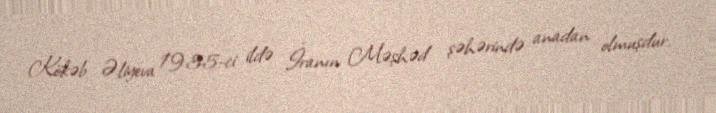
Kökəb Əliyeva 1935-ci ildə İranın Məşhəd şəhərində anadan olmuşdur.